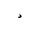
Letter: _dal